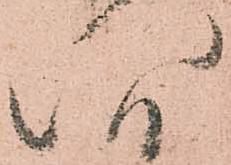
八